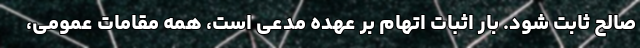
صالح ثابت شود. بار اثبات اتهام بر عهده مدعی است، همه مقامات عمومی،